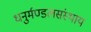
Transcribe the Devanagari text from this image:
धनुर्मण्डलसंस्थाय